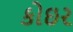
કોઇર